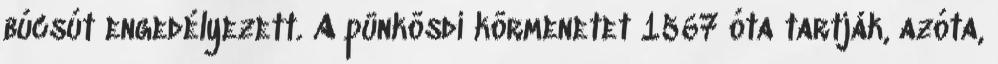
búcsút engedélyezett. A pünkösdi körmenetet 1567 óta tartják, azóta,